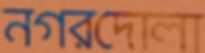
নগরদোলা